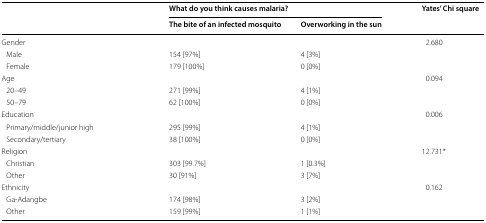
| <ROWSPAN=2>  | <COLSPAN=2> What do you think causes malaria? | <ROWSPAN=2> Yates’ Chi square |
 | The bite of an infected mosquito | Overworking in the sun |
 | --- | --- | --- | --- |
 | <COLSPAN=3> Gender | 2.680 |
 | Male | 154 [97%] | 4 [3%] |  |
 | Female | 179 [100%] | 0 [0%] |  |
 | <COLSPAN=3> Age | 0.094 |
 | 20–49 | 271 [99%] | 4 [1%] |  |
 | 50–79 | 62 [100%] | 0 [0%] |  |
 | <COLSPAN=3> Education | 0.006 |
 | Primary/middle/junior high | 295 [99%] | 4 [1%] |  |
 | Secondary/tertiary | 38 [100%] | 0 [0%] |  |
 | <COLSPAN=3> Religion | 12.731* |
 | Christian | 303 [99.7%] | 1 [0.3%] |  |
 | Other | 30 [91%] | 3 [7%] |  |
 | <COLSPAN=3> Ethnicity | 0.162 |
 | Ga-Adangbe | 174 [98%] | 3 [2%] |  |
 | Other | 159 [99%] | 1 [1%] |  |